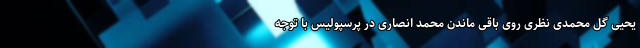
یحیی گل محمدی نظری روی باقی ماندن محمد انصاری در پرسپولیس با توجه